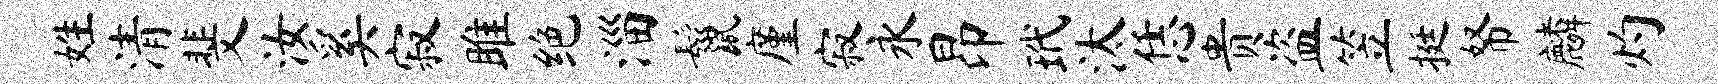
姓清斐汝奚寂雎绝淄鬣廑寂永昂玳汰恁贵盗笠挺帑麟灼